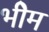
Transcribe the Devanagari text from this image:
भीेम